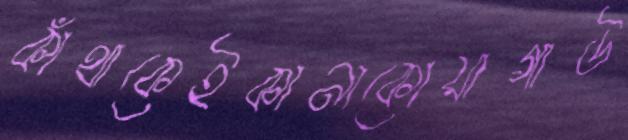
কাঁথাকেইকানাকোয়াগাউ